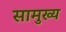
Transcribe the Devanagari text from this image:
सामुख्य